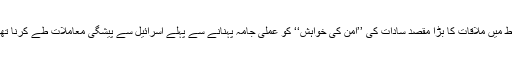
رباط میں ملاقات کا بڑا مقصد سادات کی ’’امن کی خواہش‘‘ کو عملی جامہ پہنانے سے پہلے اسرائیل سے پیشگی معاملات طے کرنا تھے۔